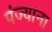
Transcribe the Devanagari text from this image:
पंज्याना